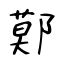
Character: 鄚